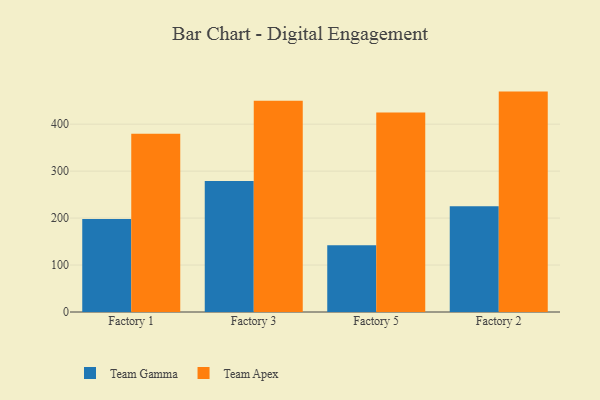
{"axis": {"x": "Factory", "y": "Bounce Rate (%)"}, "legend": ["Team Apex", "Team Gamma"], "data": [{"x": "Factory 1", "y": 198.2, "type": "Team Gamma"}, {"x": "Factory 1", "y": 379.7, "type": "Team Apex"}, {"x": "Factory 3", "y": 278.8, "type": "Team Gamma"}, {"x": "Factory 3", "y": 449.6, "type": "Team Apex"}, {"x": "Factory 5", "y": 142.3, "type": "Team Gamma"}, {"x": "Factory 5", "y": 424.7, "type": "Team Apex"}, {"x": "Factory 2", "y": 225.1, "type": "Team Gamma"}, {"x": "Factory 2", "y": 469.3, "type": "Team Apex"}]}